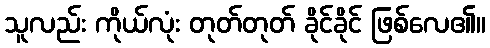
သူလည်း ကိုယ်လုံး တုတ်တုတ် ခိုင်ခိုင် ဖြစ်လေ၏။